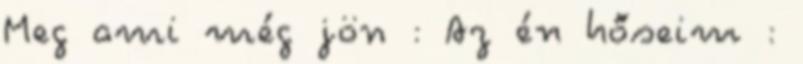
Meg ami még jön : Az én hőseim :